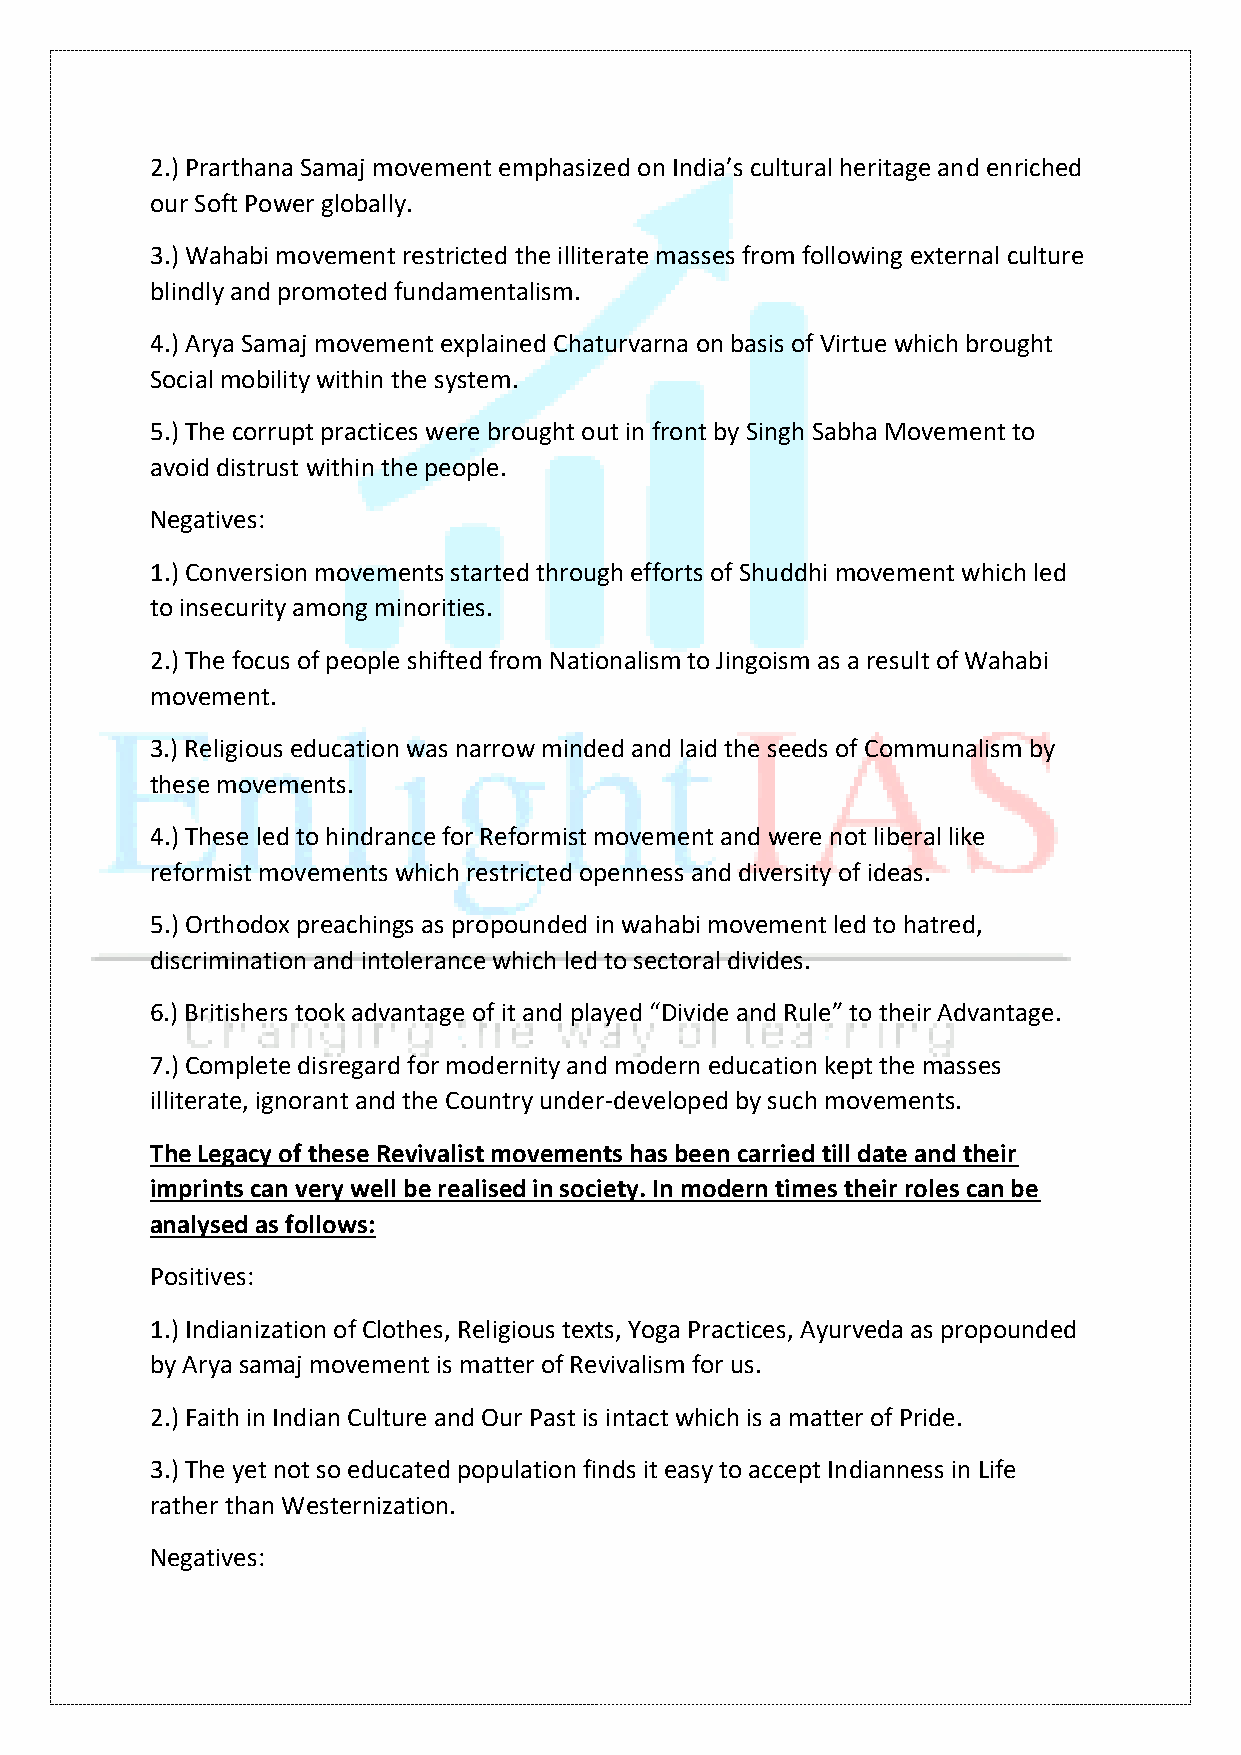
2.) Prarthana Samaj movement emphasized on India’s cultural heritage and enriched
 our Soft Power globally.
 3.) Wahabi movement restricted the illiterate masses from following external culture
 blindly and promoted fundamentalism.
 4.) Arya Samaj movement explained Chaturvarna on basis of Virtue which brought
 Social mobility within the system.
 5.) The corrupt practices were brought out in front by Singh Sabha Movement to
 avoid distrust within the people.
 Negatives:
 1.) Conversion movements started through efforts of Shuddhi movement which led
 to insecurity among minorities.
 2.) The focus of people shifted from Nationalism to Jingoism as a result of Wahabi
 movement.
 3.) Religious education was narrow minded and laid the seeds of Communalism by
 these movements.
 4.) These led to hindrance for Reformist movement and were not liberal like
 reformist movements which restricted openness and diversity of ideas.
 5.) Orthodox preachings as propounded in wahabi movement led to hatred,
 discrimination and intolerance which led to sectoral divides.
 6.) Britishers took advantage of it and played “Divide and Rule” to their Advantage.
 7.) Complete disregard for modernity and modern education kept the masses
 illiterate, ignorant and the Country under-developed by such movements.
 The Legacy of these Revivalist movements has been carried till date and their
 imprints can very well be realised in society. In modern times their roles can be
 analysed as follows:
 Positives:
 1.) Indianization of Clothes, Religious texts, Yoga Practices, Ayurveda as propounded
 by Arya samaj movement is matter of Revivalism for us.
 2.) Faith in Indian Culture and Our Past is intact which is a matter of Pride.
 3.) The yet not so educated population finds it easy to accept Indianness in Life
 rather than Westernization.
 Negatives: